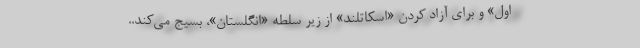
اول» و برای آزاد کردن «اسکاتلند» از زیر سلطه «انگلستان»، بسیج می‌کند..